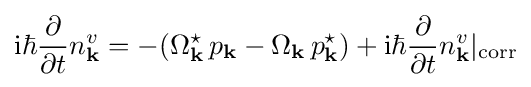
\mathrm {i} \hbar {\frac {\partial }{\partial t}}n_{\mathbf {k} }^{v}=-(\Omega _{\mathbf {k} }^{\star }\,p_{\mathbf {k} }-\Omega _{\mathbf {k} }\,p_{\mathbf {k} }^{\star })+\mathrm {i} \hbar {\frac {\partial }{\partial t}}n_{\mathbf {k} }^{v}|_{\text{corr}}